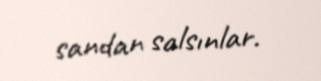
sandan salsınlar.